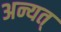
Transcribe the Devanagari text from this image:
अन्यत्